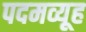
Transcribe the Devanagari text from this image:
पदमव्यूह